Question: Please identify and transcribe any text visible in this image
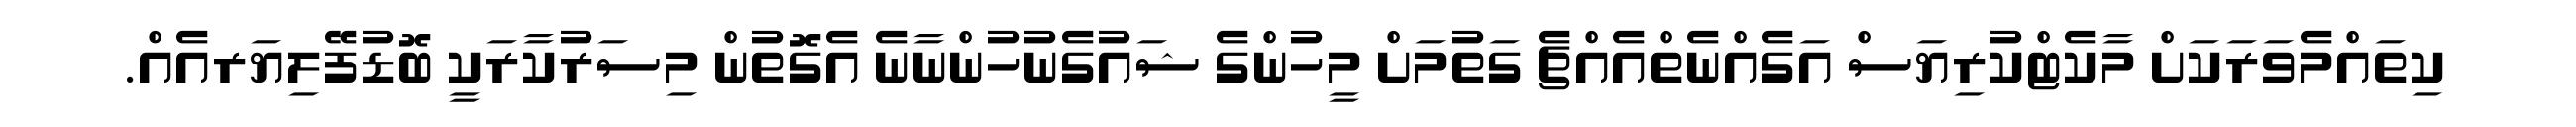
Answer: ކިތައްމެވަރަކަށް މާކެޓްކުރިޔަސް އަގެއްނެތްއެއްޗެ ގަތުމަށް މީހުންގެ ޝައުގެނުހުންނާނެ އެގޮތުން މިސަރުކާރަކީ ބޮޑުފޭލިޔަރއެއް.